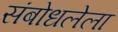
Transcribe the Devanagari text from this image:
संबोधलेला